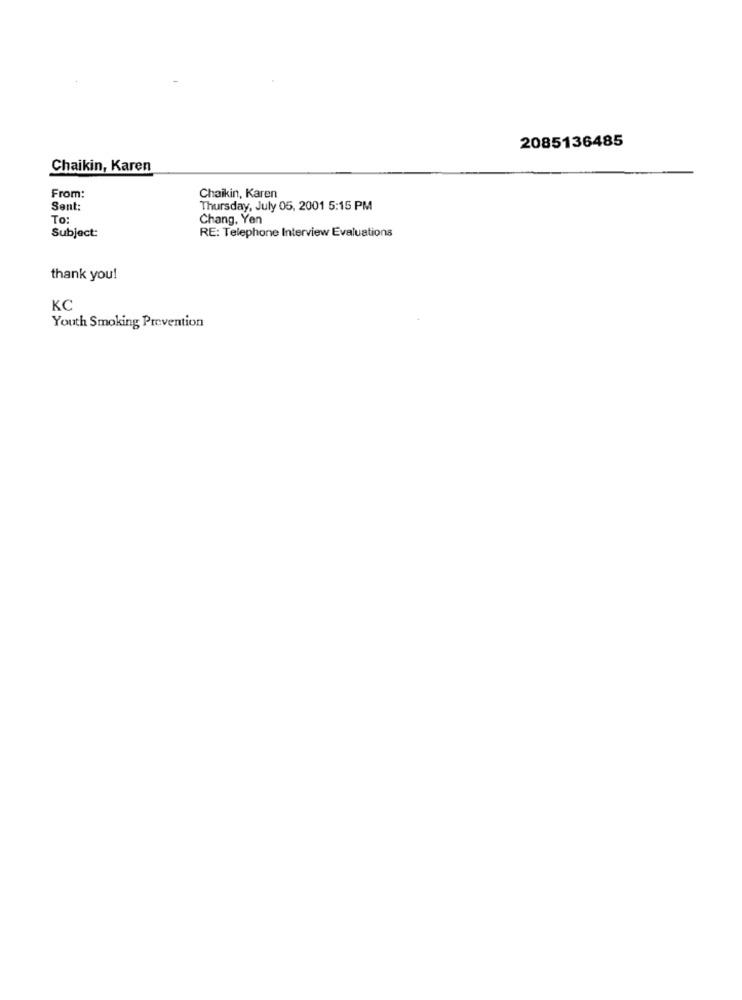
2085136485
Chaikin, Karen
From:
Chaikin, Karen
Sent:
Thursday, July 05, 2001 5:15 PM
To:
Chang, Yen
Subject:
RE: Telephone Interview Evaluations
thank you!
KC
Youth Smoking Prevention